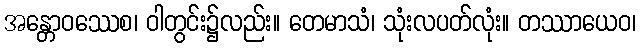
အန္တောဝဿေစ၊ ဝါတွင်း၌လည်း။ တေမာသံ၊ သုံးလပတ်လုံး။ တဿာယေဝ၊